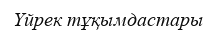
Үйрек тұқымдастары